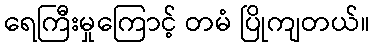
ရေကြီးမှုကြောင့် တမံ ပြိုကျတယ်။